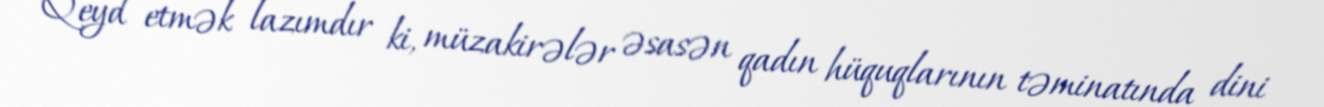
Qeyd etmək lazımdır ki, müzakirələr əsasən qadın hüquqlarının təminatında dini